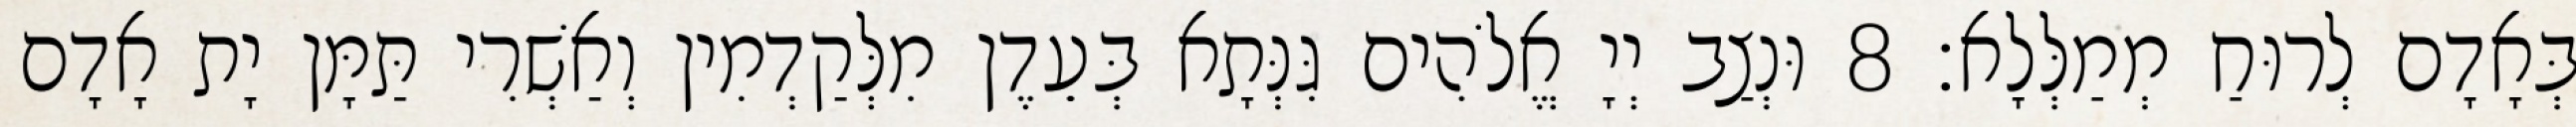
בְּאָדָם לְרוּחַ מְמַלְּלָא׃ 8 וּנְצַב יְיָ אֱלֹהִים גִּנְּתָא בְּעֵדֶן מִלְּקַדְמִין וְאַשְׁרִי תַּמָּן יָת אָדָם